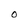
Character: 0